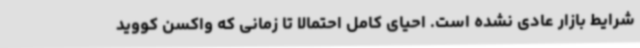
شرایط بازار عادی نشده است. احیای کامل احتمالا تا زمانی که واکسن کووید